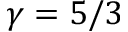
\gamma = 5 / 3